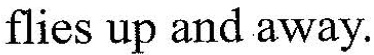
flies up and away.